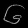
Digit: ၆